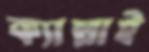
ক্যাল্লাই